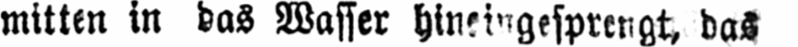
mitten in das Wasser hineingesprengt, das